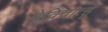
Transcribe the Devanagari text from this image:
वेविचात्हू